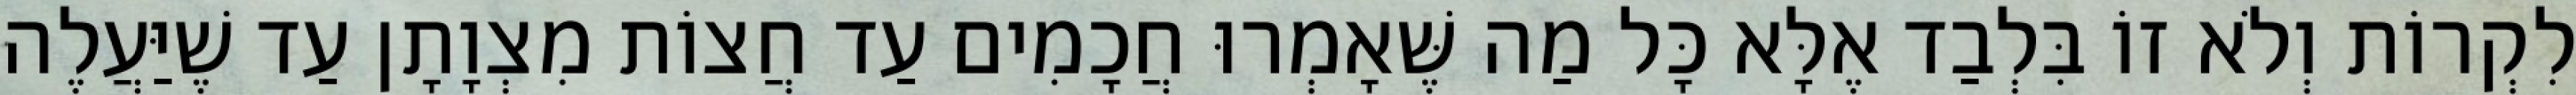
לִקְרוֹת וְלֹא זוֹ בִּלְבַד אֶלָּא כָּל מַה שֶּׁאָמְרוּ חֲכָמִים עַד חֲצוֹת מִצְוָתָן עַד שֶׁיַּעֲלֶה